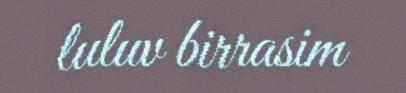
luluv birrasim